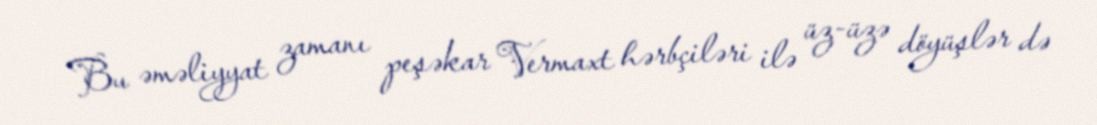
Bu əməliyyat zamanı peşəkar Vermaxt hərbçiləri ilə üz-üzə döyüşlər də